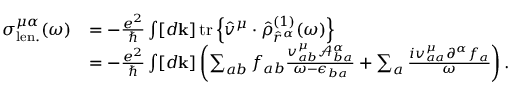
\begin{array} { r l } { \sigma _ { \mathrm { l e n . } } ^ { \mu \alpha } ( \omega ) } & { = - \frac { e ^ { 2 } } { \hslash } \int [ d \mathbf { k } ] \, \mathrm { t r } \left\{ \hat { v } ^ { \mu } \cdot \hat { \rho } _ { \hat { r } ^ { \alpha } } ^ { ( 1 ) } ( \omega ) \right\} } \\ & { = - \frac { e ^ { 2 } } { \hslash } \int [ d \mathbf { k } ] \left( \sum _ { a b } f _ { a b } \frac { v _ { a b } ^ { \mu } \mathcal { A } _ { b a } ^ { \alpha } } { \omega - \epsilon _ { b a } } + \sum _ { a } \frac { i v _ { a a } ^ { \mu } \partial ^ { \alpha } f _ { a } } { \omega } \right) \mathrm { . } } \end{array}